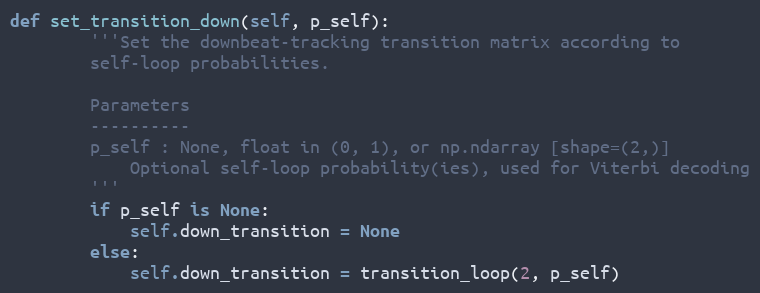
Language: Python
def set_transition_down(self, p_self):
        '''Set the downbeat-tracking transition matrix according to
        self-loop probabilities.

        Parameters
        ----------
        p_self : None, float in (0, 1), or np.ndarray [shape=(2,)]
            Optional self-loop probability(ies), used for Viterbi decoding
        '''
        if p_self is None:
            self.down_transition = None
        else:
            self.down_transition = transition_loop(2, p_self)